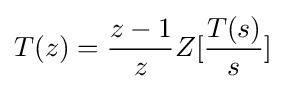
T(z)={\dfrac {z-1}{z}}Z[{\dfrac {T(s)}{s}}]